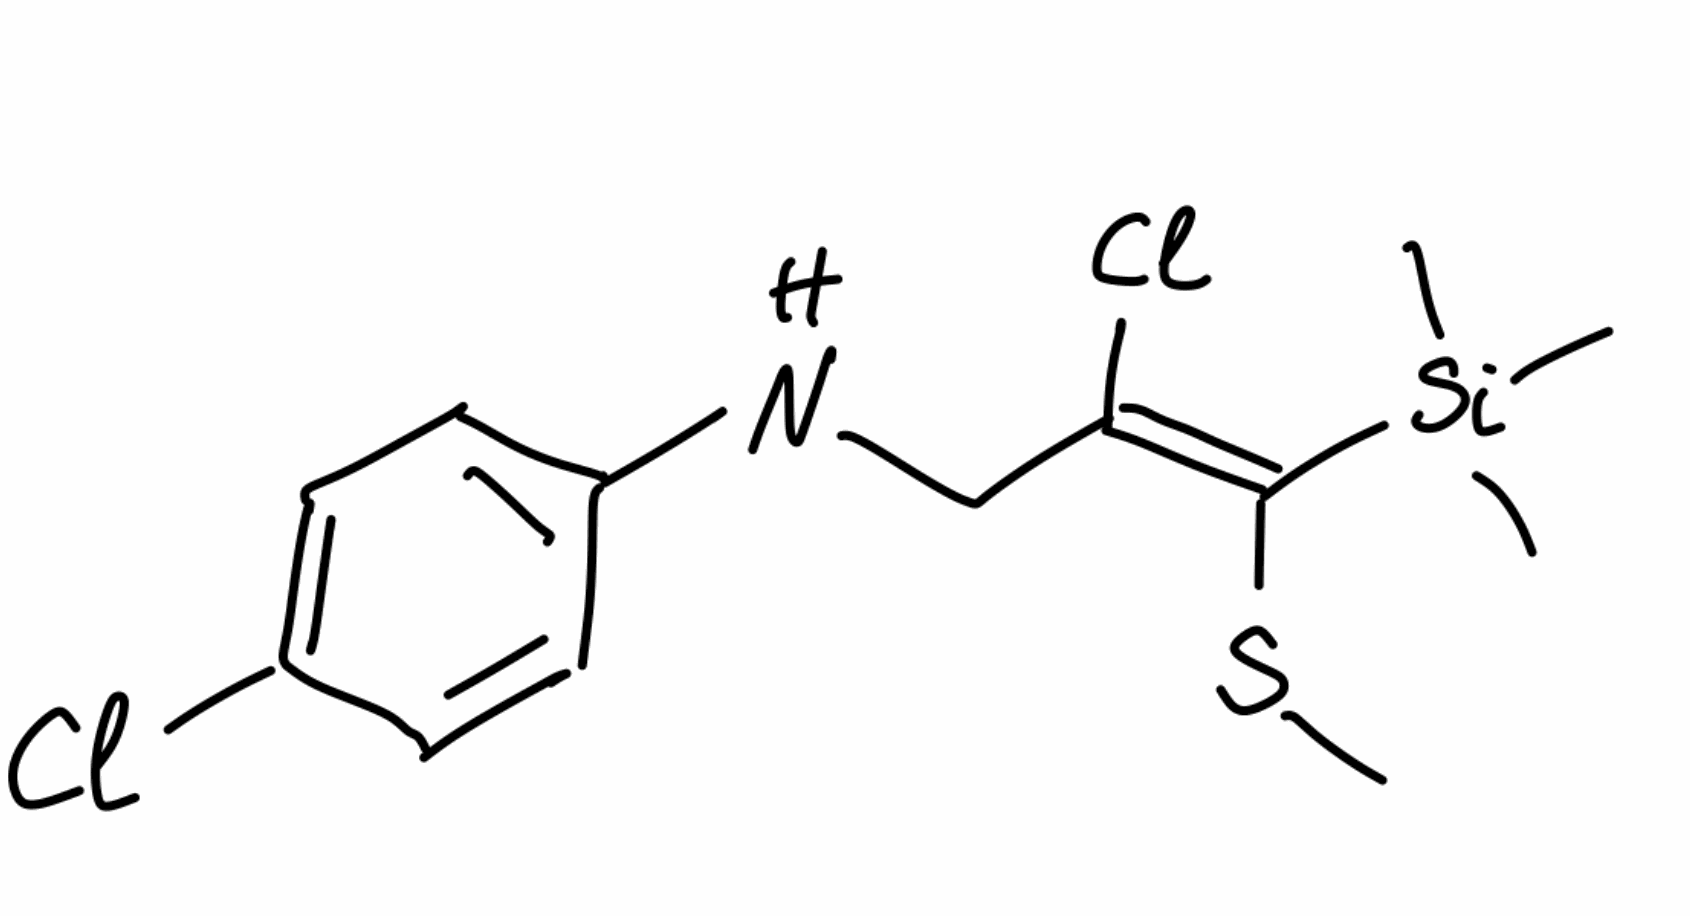
Simplified molecular-input line-entry system (SMILES) notation of the given molecule:
C[Si](C)(C)/C(=C(/CNC1=CC=C(C=C1)Cl)\Cl)/SC